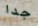
جدا